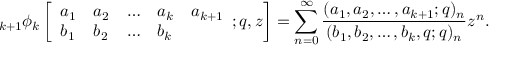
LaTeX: \; _ { k + 1 } \phi _ { k } \left[ { \begin{array} { l l l l l } { a _ { 1 } } & { a _ { 2 } } & { \ldots } & { a _ { k } } & { a _ { k + 1 } } \\ { b _ { 1 } } & { b _ { 2 } } & { \ldots } & { b _ { k } } \end{array} } ; q , z \right] = \sum _ { n = 0 } ^ { \infty } { \frac { ( a _ { 1 } , a _ { 2 } , \ldots , a _ { k + 1 } ; q ) _ { n } } { ( b _ { 1 } , b _ { 2 } , \ldots , b _ { k } , q ; q ) _ { n } } } z ^ { n } .